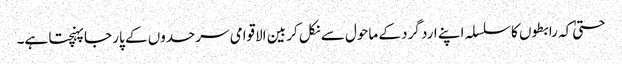
حتیٰ کہ رابطوں کا سلسلہ اپنے ارد گرد کے ماحول سے نکل کر بین الاقوامی سرحدوں کے پار جا پہنچتا ہے۔